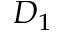
D _ { 1 }